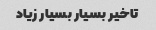
تاخیر بسیار بسیار زیاد